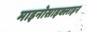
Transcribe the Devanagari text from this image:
माइनोसाइक्लाइन